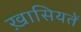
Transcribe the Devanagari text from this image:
ख़ासियतें